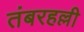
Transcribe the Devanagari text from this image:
तंबरहल्ली